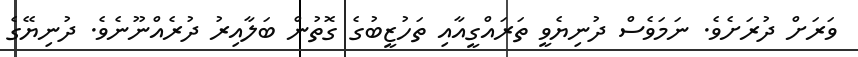
ވަރަށް ދުރަށެވެ. ނަމަވެސް ދުނިޔެވީ ތަރައްގީއާއި ތަހުޒީބުގެ ގޮތުން ބަލާއިރު ދުރެއްނޫނެވެ. ދުނިޔޭގެ